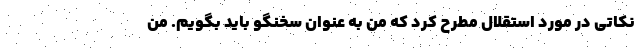
نکاتی در مورد استقلال مطرح کرد که من به عنوان سخنگو باید بگویم. من